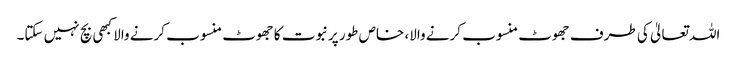
اللہ تعالیٰ کی طرف جھوٹ منسوب کرنے والا، خاص طور پرنبوت کا جھوٹ منسوب کرنے والا کبھی بچ نہیں سکتا۔